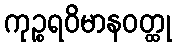
ကုဉ္စရဝိမာနဝတ္ထု